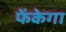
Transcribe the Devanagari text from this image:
फेंकेगा